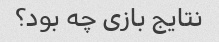
نتایج بازی چه بود؟